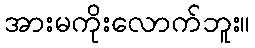
အားမကိုးလောက်ဘူး။